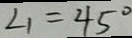
\angle 1 = 4 5 ^ { \circ }